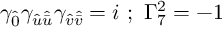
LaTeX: \gamma _ { \hat { 0 } } \gamma _ { { \hat { u } } { \hat { \bar { u } } } } \gamma _ { { \hat { v } } { \hat { \bar { v } } } } = i ~ ; ~ \Gamma _ { 7 } ^ { 2 } = - 1